Insane asylums in Bengal annual reports 1876-1887 - 1876-1887
Year: 1876
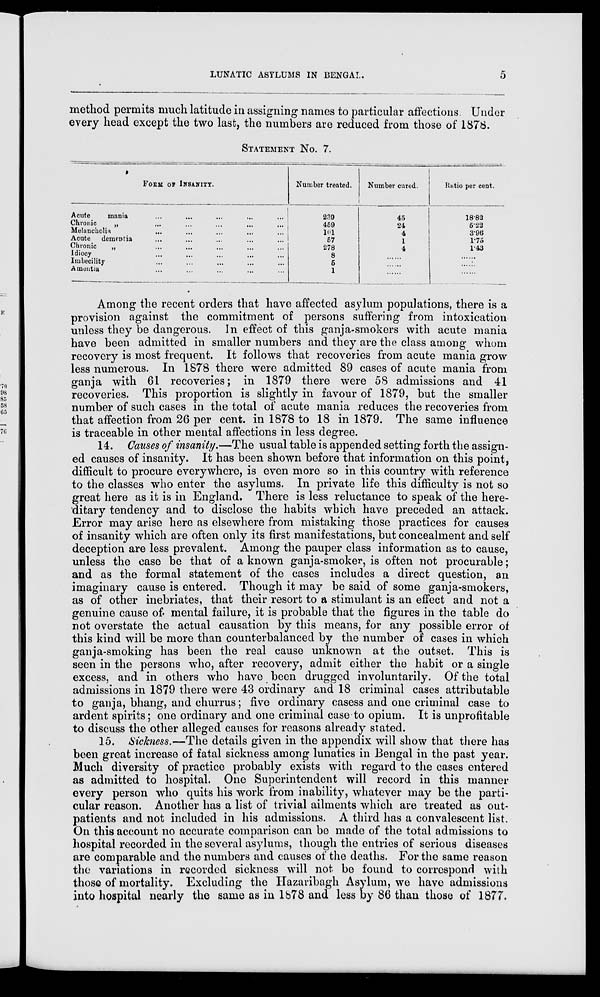
LUNATIC ASYLUMS IN BENGAL.
5
method permits much latitude in assigning names to particular affections. Under
every head except the two last, the numbers are reduced from those of 1878.
STATEMENT No. 7.
FORM OF INSANITY.
Acute
mania ... ... ... ... ... ...
Chronic „
...
...
...
...
...
...
Melancholia
...
...
...
...
...
...
Acute dementia
...
...
...
...
...
...
Chronic
„
...
...
...
...
...
...
Idiocy ... ... ... ... ... ...
Imbecility ... ... ... ... ... ...
Amentia ... ... ... ... ... ...
Number treated.
239
459
101
57
278
8
5
1
Number cured.
45
24
4
1
4
......
......
......
Ratio per cent.
18.82
5.22
3.96
1.75
1.43
......
......
......
Among the recent orders that have affected asylum populations, there is a
provision against the commitment of persons suffering from intoxication
unless they be dangerous. In effect of this ganja-smokers with acute mania
have been admitted in smaller numbers and they are the class among whom
recovery is most frequent. It follows that recoveries from acute mania grow
less numerous. In 1878 there were admitted 89 cases of acute mania from
ganja with 61 recoveries; in 1879 there were 58 admissions and 41
recoveries. This proportion is slightly in favour of 1879, but the smaller
number of such cases in the total of acute mania reduces the recoveries from
that affection from 26 per cent. in 1878 to 18 in 1879. The same influence
is traceable in other mental affections in less degree.
14. Causes of insanity.—The usual table is appended setting forth the assign-
ed causes of insanity. It has been shown before that information on this point,
difficult to procure everywhere, is even more so in this country with reference
to the classes who enter the asylums. In private life this difficulty is not so
great here as it is in England. There is less reluctance to speak of the here-
ditary tendency and to disclose the habits which have preceded an attack.
Error may arise here as elsewhere from mistaking those practices for causes
of insanity which are often only its first manifestations, but concealment and self
deception are less prevalent. Among the pauper class information as to cause,
unless the case be that of a known ganja-smoker, is often not procurable;
and as the formal statement of the cases includes a direct question, an
imaginary cause is entered. Though it may be said of some ganja-smokers,
as of other inebriates, that their resort to a stimulant is an effect and not a
genuine cause of mental failure, it is probable that the figures in the table do
not overstate the actual causation by this means, for any possible error of
this kind will be more than counterbalanced by the number of cases in which
ganja-smoking has been the real cause unknown at the outset. This is
seen in the persons who, after recovery, admit either the habit or a single
excess, and in others who have been drugged involuntarily. Of the total
admissions in 1879 there were 43 ordinary and 18 criminal cases attributable
to ganja, bhang, and churrus; five ordinary casess and one criminal case to
ardent spirits; one ordinary and one criminal case to opium. It is unprofitable
to discuss the other alleged causes for reasons already stated.
15. Sickness.—The details given in the appendix will show that there has
been great increase of fatal sickness among lunatics in Bengal in the past year.
Much diversity of practice probably exists with regard to the cases entered
as admitted to hospital. One Superintendent will record in this manner
every person who quits his work from inability, whatever may be the parti-
cular reason. Another has a list of trivial ailments which are treated as out-
patients and not included in his admissions. A third has a convalescent list.
On this account no accurate comparison can be made of the total admissions to
hospital recorded in the several asylums, though the entries of serious diseases
are comparable and the numbers and causes of the deaths. For the same reason
the variations in recorded sickness will not be found to correspond with
those of mortality. Excluding the Hazaribagh Asylum, we have admissions
into hospital nearly the same as in 1878 and less by 86 than those of 1877.